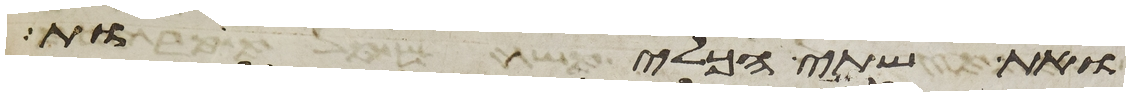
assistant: ואת שתי הכליות